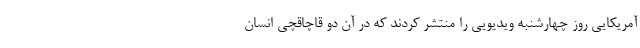
آمریکایی روز چهارشنبه ویدیویی را منتشر کردند که در آن دو قاچاقچی انسان